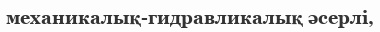
механикалық-гидравликалық әсерлі,